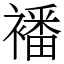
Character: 襎